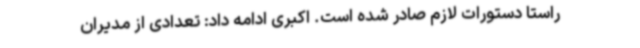
راستا دستورات لازم صادر شده است. اکبری ادامه داد: تعدادی از مدیران